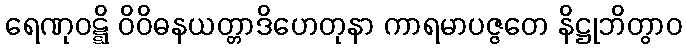
ရေဏုဝဋ္ဋိ ဝိဝိဓနယတ္တာဒိဟေတုနာ ကာရမာပဇ္ဇတေ နိဋ္ဌုဘိတွာဝ